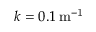
k = 0 . 1 \, \mathrm { m ^ { - 1 } }